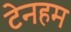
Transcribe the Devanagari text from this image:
टेनहम